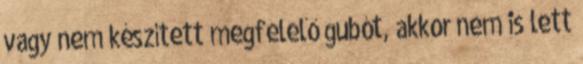
vagy nem készített megfelelő gubót, akkor nem is lett